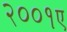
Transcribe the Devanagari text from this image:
२००१ए